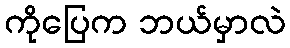
ကိုပြေက ဘယ်မှာလဲ